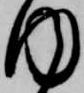
内